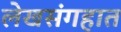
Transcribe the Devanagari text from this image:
लेखसंगहात